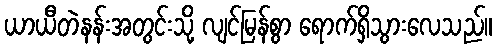
ယာယီတဲနန်းအတွင်းသို့ လျင်မြန်စွာ ရောက်ရှိသွားလေသည်။